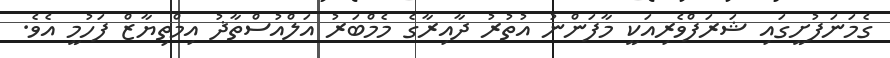
ގެމަނަފުށީގައި ޝަރަފްވެރިއަކީ މާފަންނު އުތުރު ދާއިރާގެ މެމްބަރު އަލްއުސްތާޛު އިމްތިޔާޒް ފަހުމީ އެވެ.